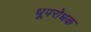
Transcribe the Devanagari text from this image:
धूपरोधक